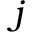
j